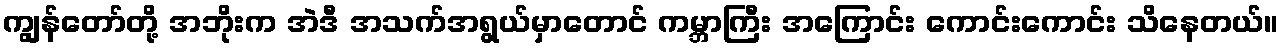
ကျွန်တော်တို့ အဘိုးက အဲဒီ အသက်အရွယ်မှာတောင် ကမ္ဘာကြီး အကြောင်း ကောင်းကောင်း သိနေတယ်။